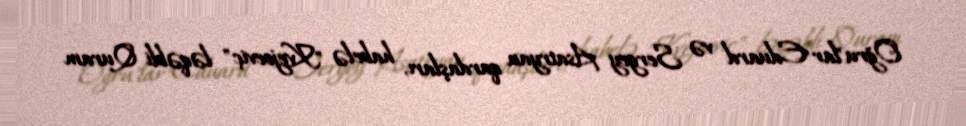
Oğru"lar Eduard və Sergey Asatryan qardaşları, habelə "Kvejoeviç" ləqəbli Quram